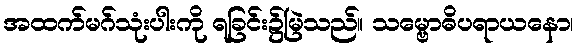
အထက်မဂ်သုံးပါးကို ရခြင်း၌မြဲသည်။ သမ္ဗောဓိပရာယနော၊